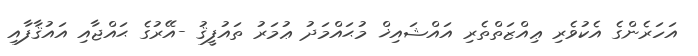
އަހަރެންގެ އެކުވެރި ޢިއްޒަތްތެރި އައްޝައިޚް މުޙައްމަދު ޢުމަރު ތައުފީޤު -އޭރުގެ ޙައްޖާއި އައުޤާފާއި